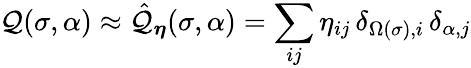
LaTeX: \mathcal{Q}(\sigma,\alpha)\approx\hat{\mathcal{Q}}_{\boldsymbol{\eta}}(\sigma,\alpha)=\sum_{ij}\eta_{ij}\, \delta_{\Omega(\sigma),i}\, \delta_{\alpha,j}